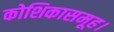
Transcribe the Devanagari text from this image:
कोशिकासमूह।